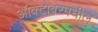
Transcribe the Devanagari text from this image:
ऑक्टोबरमधील